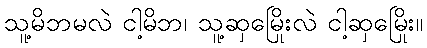
သူ့မိဘမလဲ ငါ့မိဘ၊ သူ့ဆှမြေိုးလဲ ငါ့ဆှမြေိုး။